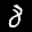
Label: 8